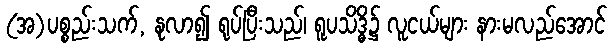
(အ)ပစ္စည်းသက်, နုလာ၍ ရုပ်ပြီးသည်၊ ရူပသိဒ္ဓိ၌ လူငယ်များ နားမလည်အောင်